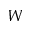
W